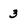
Character: 3